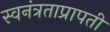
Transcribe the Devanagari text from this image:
स्वनंत्रताप्रापती